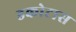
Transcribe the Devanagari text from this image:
डकोटास